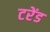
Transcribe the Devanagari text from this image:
टरेंड